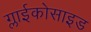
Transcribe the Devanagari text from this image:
ग्लाईकोसाइड